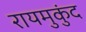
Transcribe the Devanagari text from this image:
रायमुकुंद